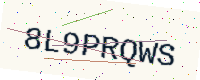
Text: 8L9PRQWS